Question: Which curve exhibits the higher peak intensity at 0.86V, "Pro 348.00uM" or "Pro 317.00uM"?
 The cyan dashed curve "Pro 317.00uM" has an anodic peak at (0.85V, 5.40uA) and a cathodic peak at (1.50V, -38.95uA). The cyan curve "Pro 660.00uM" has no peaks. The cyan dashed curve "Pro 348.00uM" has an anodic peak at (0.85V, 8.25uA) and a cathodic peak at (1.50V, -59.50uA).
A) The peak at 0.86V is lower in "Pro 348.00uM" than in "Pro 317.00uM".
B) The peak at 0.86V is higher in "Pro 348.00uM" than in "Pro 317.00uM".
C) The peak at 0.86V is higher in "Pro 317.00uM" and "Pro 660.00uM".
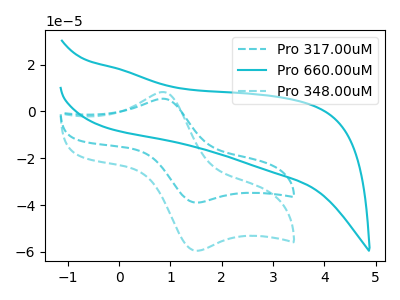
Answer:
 <answer>B) The peak at 0.86V is higher in "Pro 348.00uM" than in "Pro 317.00uM".</answer>
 <eval>B</eval>